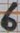
Text: 6